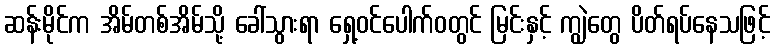
ဆန်းမိုင်က အိမ်တစ်အိမ်သို့ ခေါ်သွားရာ ရှေ့ဝင်ပေါက်ဝတွင် မြင်းနှင့် ကျွဲတွေ ပိတ်ရပ်နေသဖြင့်